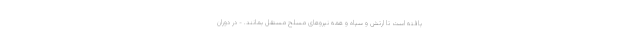
یافته است تا ارتش و سپاه و همه نیروهای مسلح مستقل بمانند. - در دوران